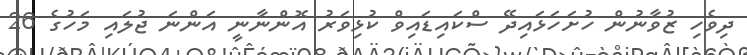
ދިވެހި ޒުވާނުން ހުށަހަޅައިދޭ ސްކައިޑައިވް ކުޅިވަރު އޮންނާނީ އަންނަ ޖުލައި މަހުގެ 26